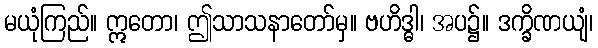
မယုံကြည်။ ဣတော၊ ဤသာသနာတော်မှ။ ဗဟိဒ္ဓါ၊ အပ၌။ ဒက္ခိဏယျံ၊